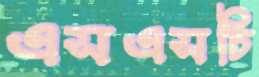
এসএসচি